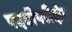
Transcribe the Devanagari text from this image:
पदवीपरीक्षेत